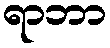
ရာဘာ